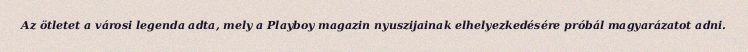
Az ötletet a városi legenda adta, mely a Playboy magazin nyuszijainak elhelyezkedésére próbál magyarázatot adni.